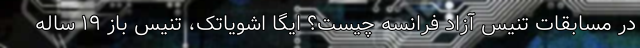
در مسابقات تنیس آزاد فرانسه چیست؟ ایگا اشویاتک، تنیس باز ۱۹ ساله